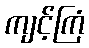
ကျင့်ကြံ